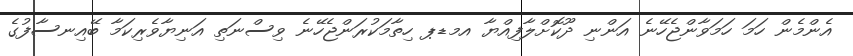
އެންމެން ހަމަ ހަމަވާންޖެހޭނެ އަންނި ދޫކޮށްލާފިއްޔާ އމޑޕ ހިތާމަކުރަންޖެހޭނެ ވިސްނަތި އަނިޔާވެރިކަމާ ބޭއިނސާފުގެ